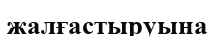
жалғастыруына